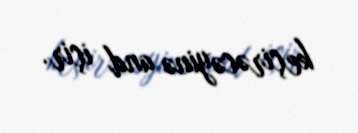
keçirəcəyinə and içir.